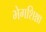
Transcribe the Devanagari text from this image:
भेगशिश्ना